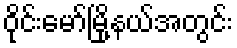
ဝိုင်းမော်မြို့နယ်အတွင်း